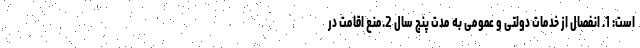
است: 1. انفصال از خدمات دولتی و عمومی به مدت پنج سال 2.منع اقامت در